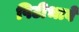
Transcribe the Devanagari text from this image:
पिटीभावे